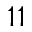
^ { 1 1 }